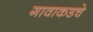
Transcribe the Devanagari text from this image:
गावाकडचे